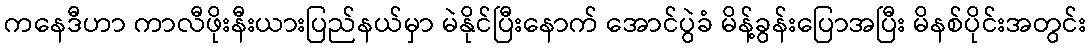
ကနေဒီဟာ ကာလီဖိုးနီးယားပြည်နယ်မှာ မဲနိုင်ပြီးနောက် အောင်ပွဲခံ မိန့်ခွန်းပြောအပြီး မိနစ်ပိုင်းအတွင်း